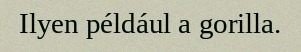
Ilyen például a gorilla.